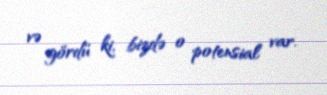
və gördü ki, bizdə o potensial var.